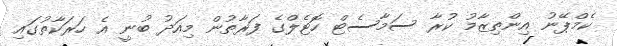
ކެމްޕޭނު އިންތިޒާމު ކުރާ ސަމާސެޓް ހޮޓެލްގެ ފަރާތުން މިއަދު ބުނީ އެ ހަރަކާތުގައި